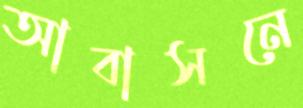
আবাসনে